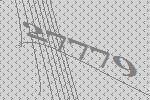
27779